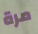
مرة